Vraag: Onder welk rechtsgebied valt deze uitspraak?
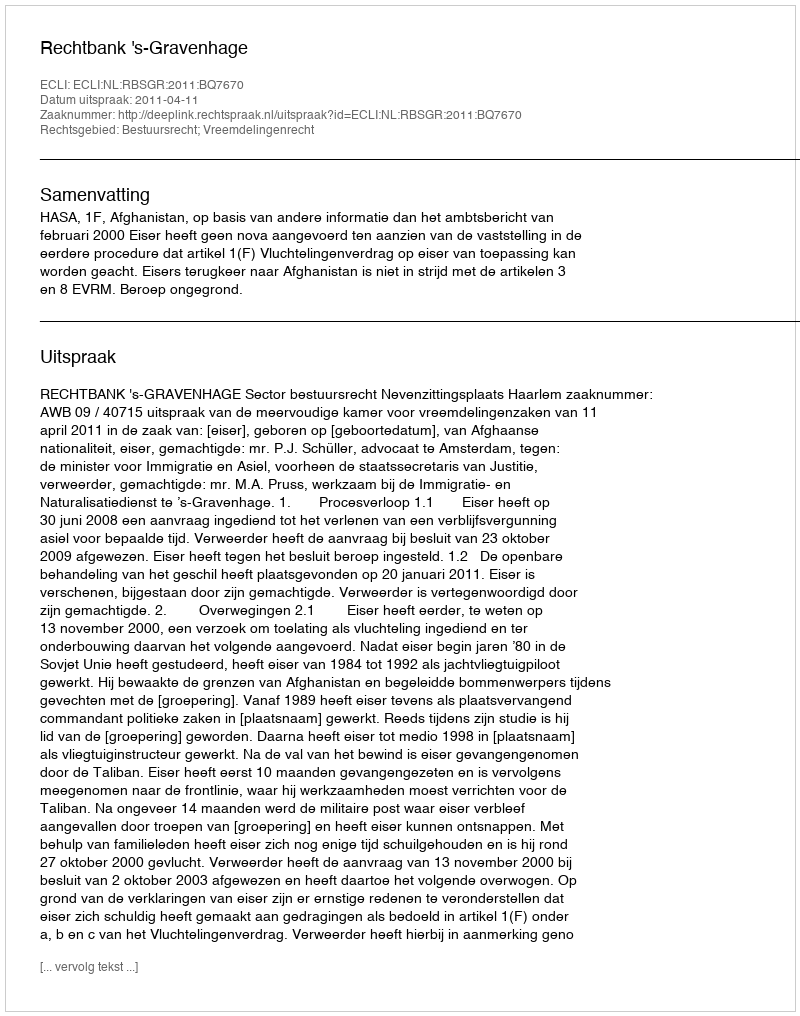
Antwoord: Bestuursrecht; Vreemdelingenrecht